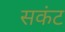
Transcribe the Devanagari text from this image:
सकंट